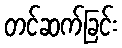
တင်ဆက်ခြင်း